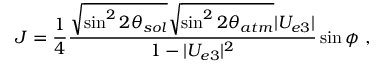
J = { \frac { 1 } { 4 } } { \frac { \sqrt { \sin ^ { 2 } 2 \theta _ { s o l } } \sqrt { \sin ^ { 2 } 2 \theta _ { a t m } } | U _ { e 3 } | } { 1 - | U _ { e 3 } | ^ { 2 } } } \sin \phi \ ,